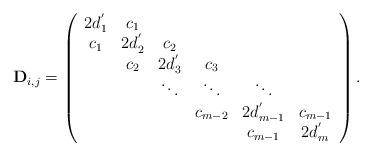
LaTeX: \begin{align*}\mathbf{D}_{i,j}=\left(\begin{array}{cccccc}2d_{1}^{'} & c_{1} & & & & \\c_{1} & 2d_{2}^{'} & c_{2} & & & \\& c_{2} & 2d_{3}^{'} & c_{3} & & \\& & \ddots & \ddots & \ddots & \\& & & c_{m-2} & 2d_{m-1}^{'} & c_{m-1} \\& & & & c_{m-1} & 2d_{m}^{'}\end{array}\right).\end{align*}